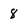
Character: 8